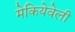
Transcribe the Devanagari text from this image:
मेकियेवेली